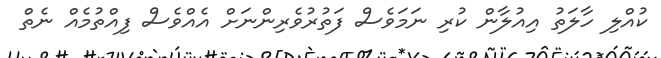
ކުއްލި ހާލަތު އިއުލާން ކުރި ނަމަވެސް ފަތުރުވެރިންނަށް އެއްވެސް ފިއްތުމެއް ނެތް